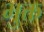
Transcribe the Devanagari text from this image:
भुक्त